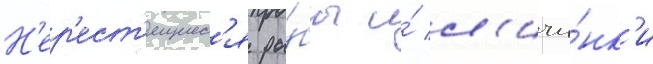
Н'ер'ест'ящиес'я ры́бы и́ л'ичи́нк'и